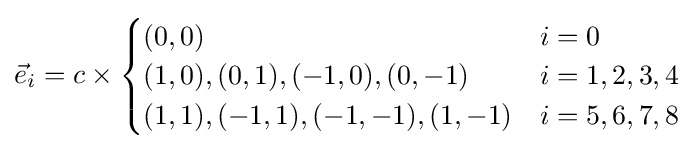
{\vec {e}}_{i}=c\times {\begin{cases}(0,0)&i=0\\(1,0),(0,1),(-1,0),(0,-1)&i=1,2,3,4\\(1,1),(-1,1),(-1,-1),(1,-1)&i=5,6,7,8\\\end{cases}}